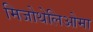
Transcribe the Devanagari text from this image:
मिजोथेलिओमा